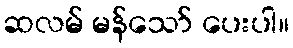
ဆလမ် မန်သော် ပေးပါ။